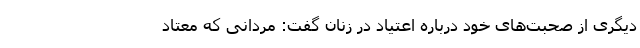
دیگری از صحبت‌های خود درباره اعتیاد در زنان گفت: مردانی که معتاد